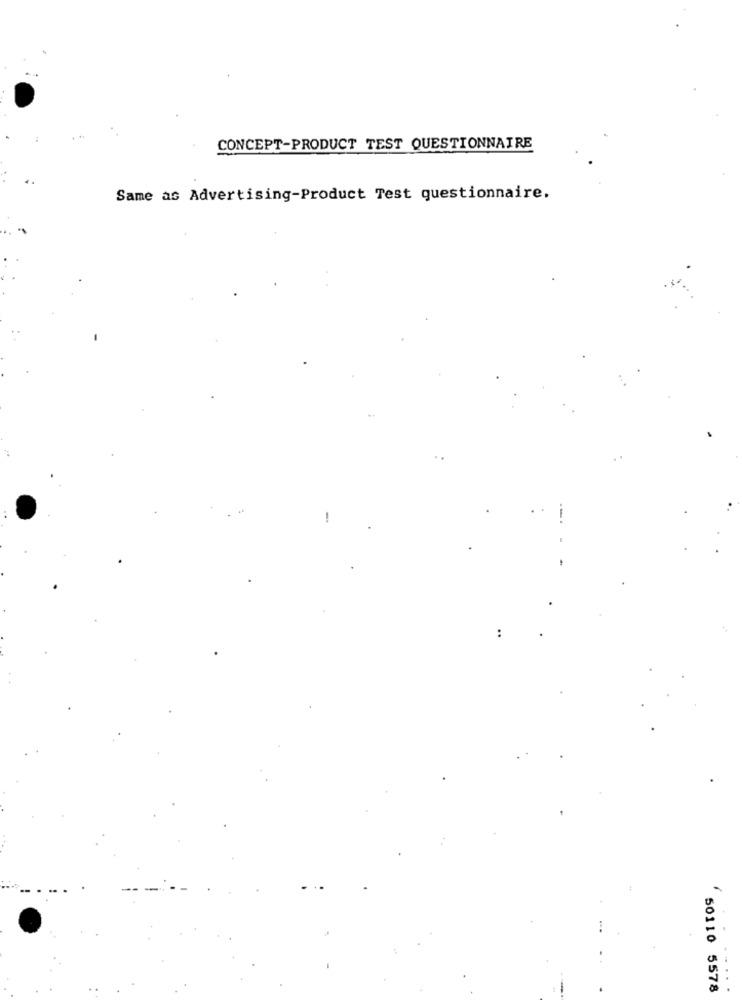
CONCEPT-PRODUCT TEST QUESTIONNAIRE
Same as Advertising-Product Test questionnaire.
!
:
..
50110 5578